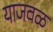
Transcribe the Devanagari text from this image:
याजवळ